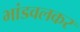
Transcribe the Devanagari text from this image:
भांडवलकर